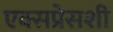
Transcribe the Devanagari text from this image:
एक्सप्रेसशी